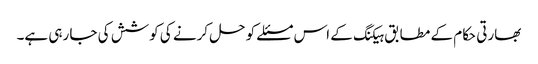
بھارتی حکام کے مطابق ہیکنگ کے اس مسئلے کو حل کرنے کی کوشش کی جا رہی ہے۔